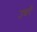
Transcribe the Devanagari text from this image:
उघरें